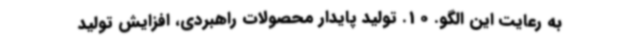
به رعایت این الگو. 10. تولید پایدار محصولات راهبردی، افزایش تولید